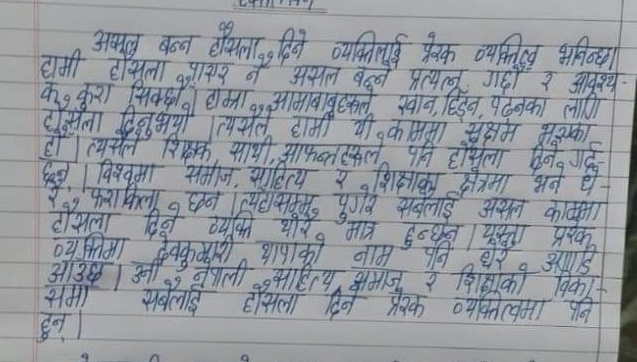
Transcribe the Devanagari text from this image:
अमूल बन्न हौसला दिने व्यक्तिलाई प्रेरक व्यक्तित्व भनिन्छा
हामी हौसूला जाएर नै असल बढ्ने प्रत्य
के कुरा सिक्छौ हाम्रा आमाबाबुहरुले खान, हिंडन, पढ्नका लागि
करहासला
नै असल बढ्ने प्रत्यत्लू गछौ र आवश्य
दोसला दिनुभयो त्यसैले हामी यी काममा
हो। त्यसैले शिक्षक, साथी, आफन्तहरूले के पानी होयचलम मुरस्कार
र
३. विश्वमा समाज साहित्य शिक्षाका क्षेत्रम
क्षेत्रमा भने धे-
हो फराकिला १ छन त्यहा सम्मु पुगेर सबैलाई असल काळमा
यस्ता प्ररक
मात्र हुन्छन।
औउछ। उनी नेपाली साहित्य समाज शिक्षाको
व्यक्तिमा देवकुमारी थापाको नाम पनि धेरै अगाडि
समा दिनमा
हुन्।
विका
सबैलाई हौसला दिने प्रेरक व्यक्तित्वमा पनि